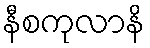
နီစကုလာနိ